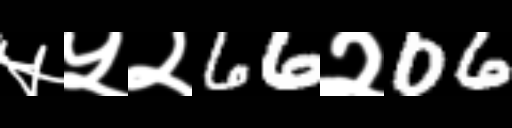
Text: ५५२66२06